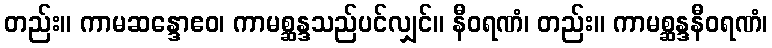
တည်း။ ကာမဆန္ဒောဧဝ၊ ကာမစ္ဆန္ဒသည်ပင်လျှင်။ နီဝရဏံ၊ တည်း။ ကာမစ္ဆန္ဒနီဝရဏံ၊